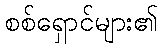
စစ်ရှောင်များ၏